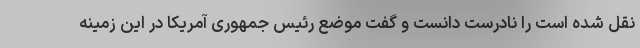
نقل شده است را نادرست دانست و گفت موضع رئیس جمهوری آمریکا در این زمینه